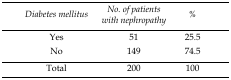
| Diabetes mellitus | No. of patients with nephropathy | % |
 | --- | --- | --- |
 | Yes | 51 | 25.5 |
 | No | 149 | 74.5 |
 | Total | 200 | 100 |